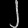
Digit: ၂